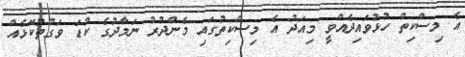
އެ މިސްކިތް ހުޅުވައިދެއްވީ މިއަދު އެ މިސްކިތުގައި މެންދުރު ނަމާދުގެ ކުޑަ ވަގުތުކޮޅެއް